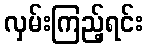
လှမ်းကြည့်ရင်း